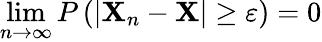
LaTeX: \operatorname*{lim}_{n\rightarrow\infty}P\left(\left|\mathbf{X}_{n}-\mathbf{X}\right|\geq\varepsilon\right)=0